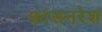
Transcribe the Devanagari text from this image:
फ्रांसनरेश